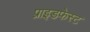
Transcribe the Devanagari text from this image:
प्राइडफेस्ट